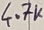
Text: 4.7K